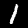
Label: 1